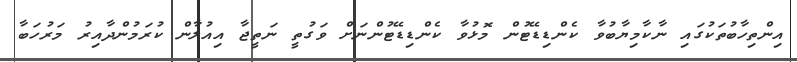
އިންތިހާބުތަކުގައި ނާކާމިޔާބުވާ ކެންޑިޑޭޓުން މޮޅުވާ ކެންޑިޑޭޓުންނަށް ވަގުތީ ނަތީޖާ އިއުލާން ކުރަމުންދާއިރު މަރުހަބާ